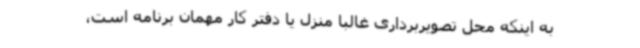
به اینکه محل تصویربرداری غالباً منزل یا دفتر کار مهمان برنامه است،